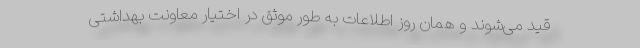
قید می‌شوند و همان روز اطلاعات به طور موثق در اختیار معاونت بهداشتی